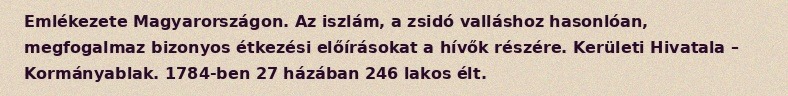
Emlékezete Magyarországon. Az iszlám, a zsidó valláshoz hasonlóan, megfogalmaz bizonyos étkezési előírásokat a hívők részére. Kerületi Hivatala – Kormányablak. 1784-ben 27 házában 246 lakos élt.